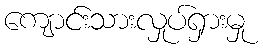
ကျောင်းသားလှုပ်ရှားမှု